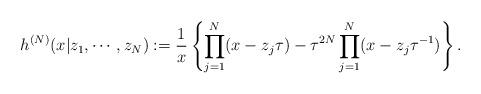
LaTeX: \begin{align*}h^{(N)} (x|z_1 , \cdots , z_N ):=\frac{1}{x}\left\{ \prod_{j=1}^{N} (x-z_j \tau ) -\tau ^{2N} \prod_{j=1}^{N} (x-z_j \tau ^{-1}) \right\}.\end{align*}